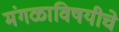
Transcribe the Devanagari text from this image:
मंगळाविषयीचे